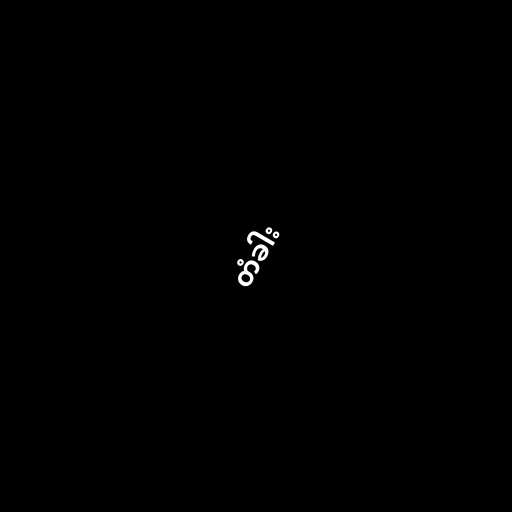
တံခါး